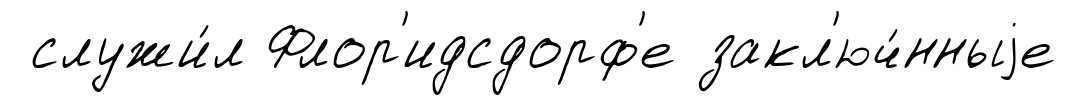
служи́л Флор'идсдорф'е закл'юч́нныjе